Report on sanitation, dispensaries, and jails in Rajputana for 1916, and on vaccination for the year 1916-1917 - 1916-1917
Year: 1916
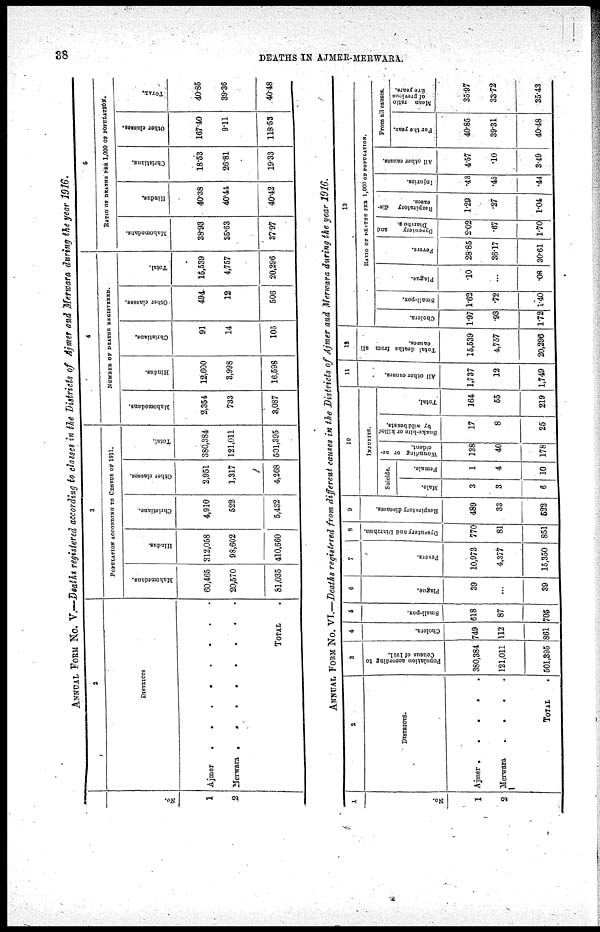
38
DEATHS IN AJMER-MERWARA.
ANNUAL FORM No. V.—Deaths registered according to classes in the Districts of Ajmer and Merwara during the year 1916.
1
N o .
1
2
3
2
DISTRICTS
Ajmer
Merwara
........
TOTAL .
3
POPULATION ACCORDING TO CENSUS Of 1911.
Mahomedans.
60,465
20,570
81,035
Hindus.
312,058
98,602
410,660
Christians.
4,910
522
5,432
Other classes.
2,951
1,317
4,268
Total.
380,384
121,011
501,395
4
NUMBER OF DEATHS REGISTERED.
Mahomedans.
2,354
733
3,087
Hindus.
12,600
3,998
16,598
Christians.
91
14
105
Other classes.
494
12
506
Total.
15,539
4,757
20,296
5
RATIO OF DEATHS PER 1,000 OF POPULATION.
Mahomedans.
38.93
35.63
37.97
Hindus.
40.38
40.44
40.42
Christians.
18.53
26.81
19.33
Other classes.
167.40
9.11
118.53
TOTAL.
40.85
39.36
40.48
ANNUAL FORM NO. VI.—Deaths registered from different causes in the Districts of Ajmer and Merwara during the year 1916.
1
No.
1
2
2
DISTRICTS.
Ajmer .
.
.
.
Merwara
.
.
.
.
TOTAL .
3
Population according to
Census
of 1911.
380,384
121,011
501,395
4
Cholera.
749
112
861
5
Small-pox.
618
87
705
6
Plague.
39
...
39
7
Fevers.
10,973
4,377
15,350
8
Dysentery and Diarrhœa.
770
81
851
9
Respiratory diseases.
489
33
522
10
INJURIES.
Suicide.
Male.
3
3
6
Female.
1
4
10
Wounding
or ac-
cident.
138
40
178
Snake-bite or killed
by wild beasts.
17
8
25
Total.
164
55
219
11
All other causes.
1,737
12
1,749
12
Total deaths from all
causes.
15,539
4,757
20,296
13
RATIO OF DEATHS FOR 1,000 OF POPULATION.
Cholera.
1.97
.93
1.72
Small-pox.
1.62
.72
1.40
Plague.
.10
...
.08
Fevers.
28.85
36.17
30.61
Dysentery
and
Diarrhœa.
2.02
.67
1.70
Respiratory dis-
-ases.
1.29
.27
1.04
Injuries.
.43
.45
.44
All other causes.
4.57
.10
3.49
From all causes.
For the year.
40.85
39.31
40.48
Mean ratio
of previous
five years.
35.97
33.72
35.43